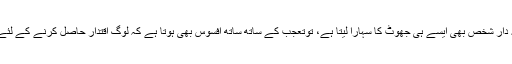
یوں تو بی جے پی میں جھوٹ بولنے کا مسلسل سلسلہ جاری ہے، لیکن جب بہت ہی ذمہ دار شخص بھی ایسے ہی جھوٹ کا سہارا لیتا ہے، توتعجب کے ساتھ ساتھ افسوس بھی ہوتا ہے کہ لوگ اقتدار حاصل کرنے کے لئے عوام کے درمیان اپنی اور اپنے ملک کی شبیہ کو کریہہ بنانے سے گریز نہیں کرتے۔